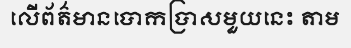
លើព័ត៌មានបោកប្រាសមួយនេះ តាម